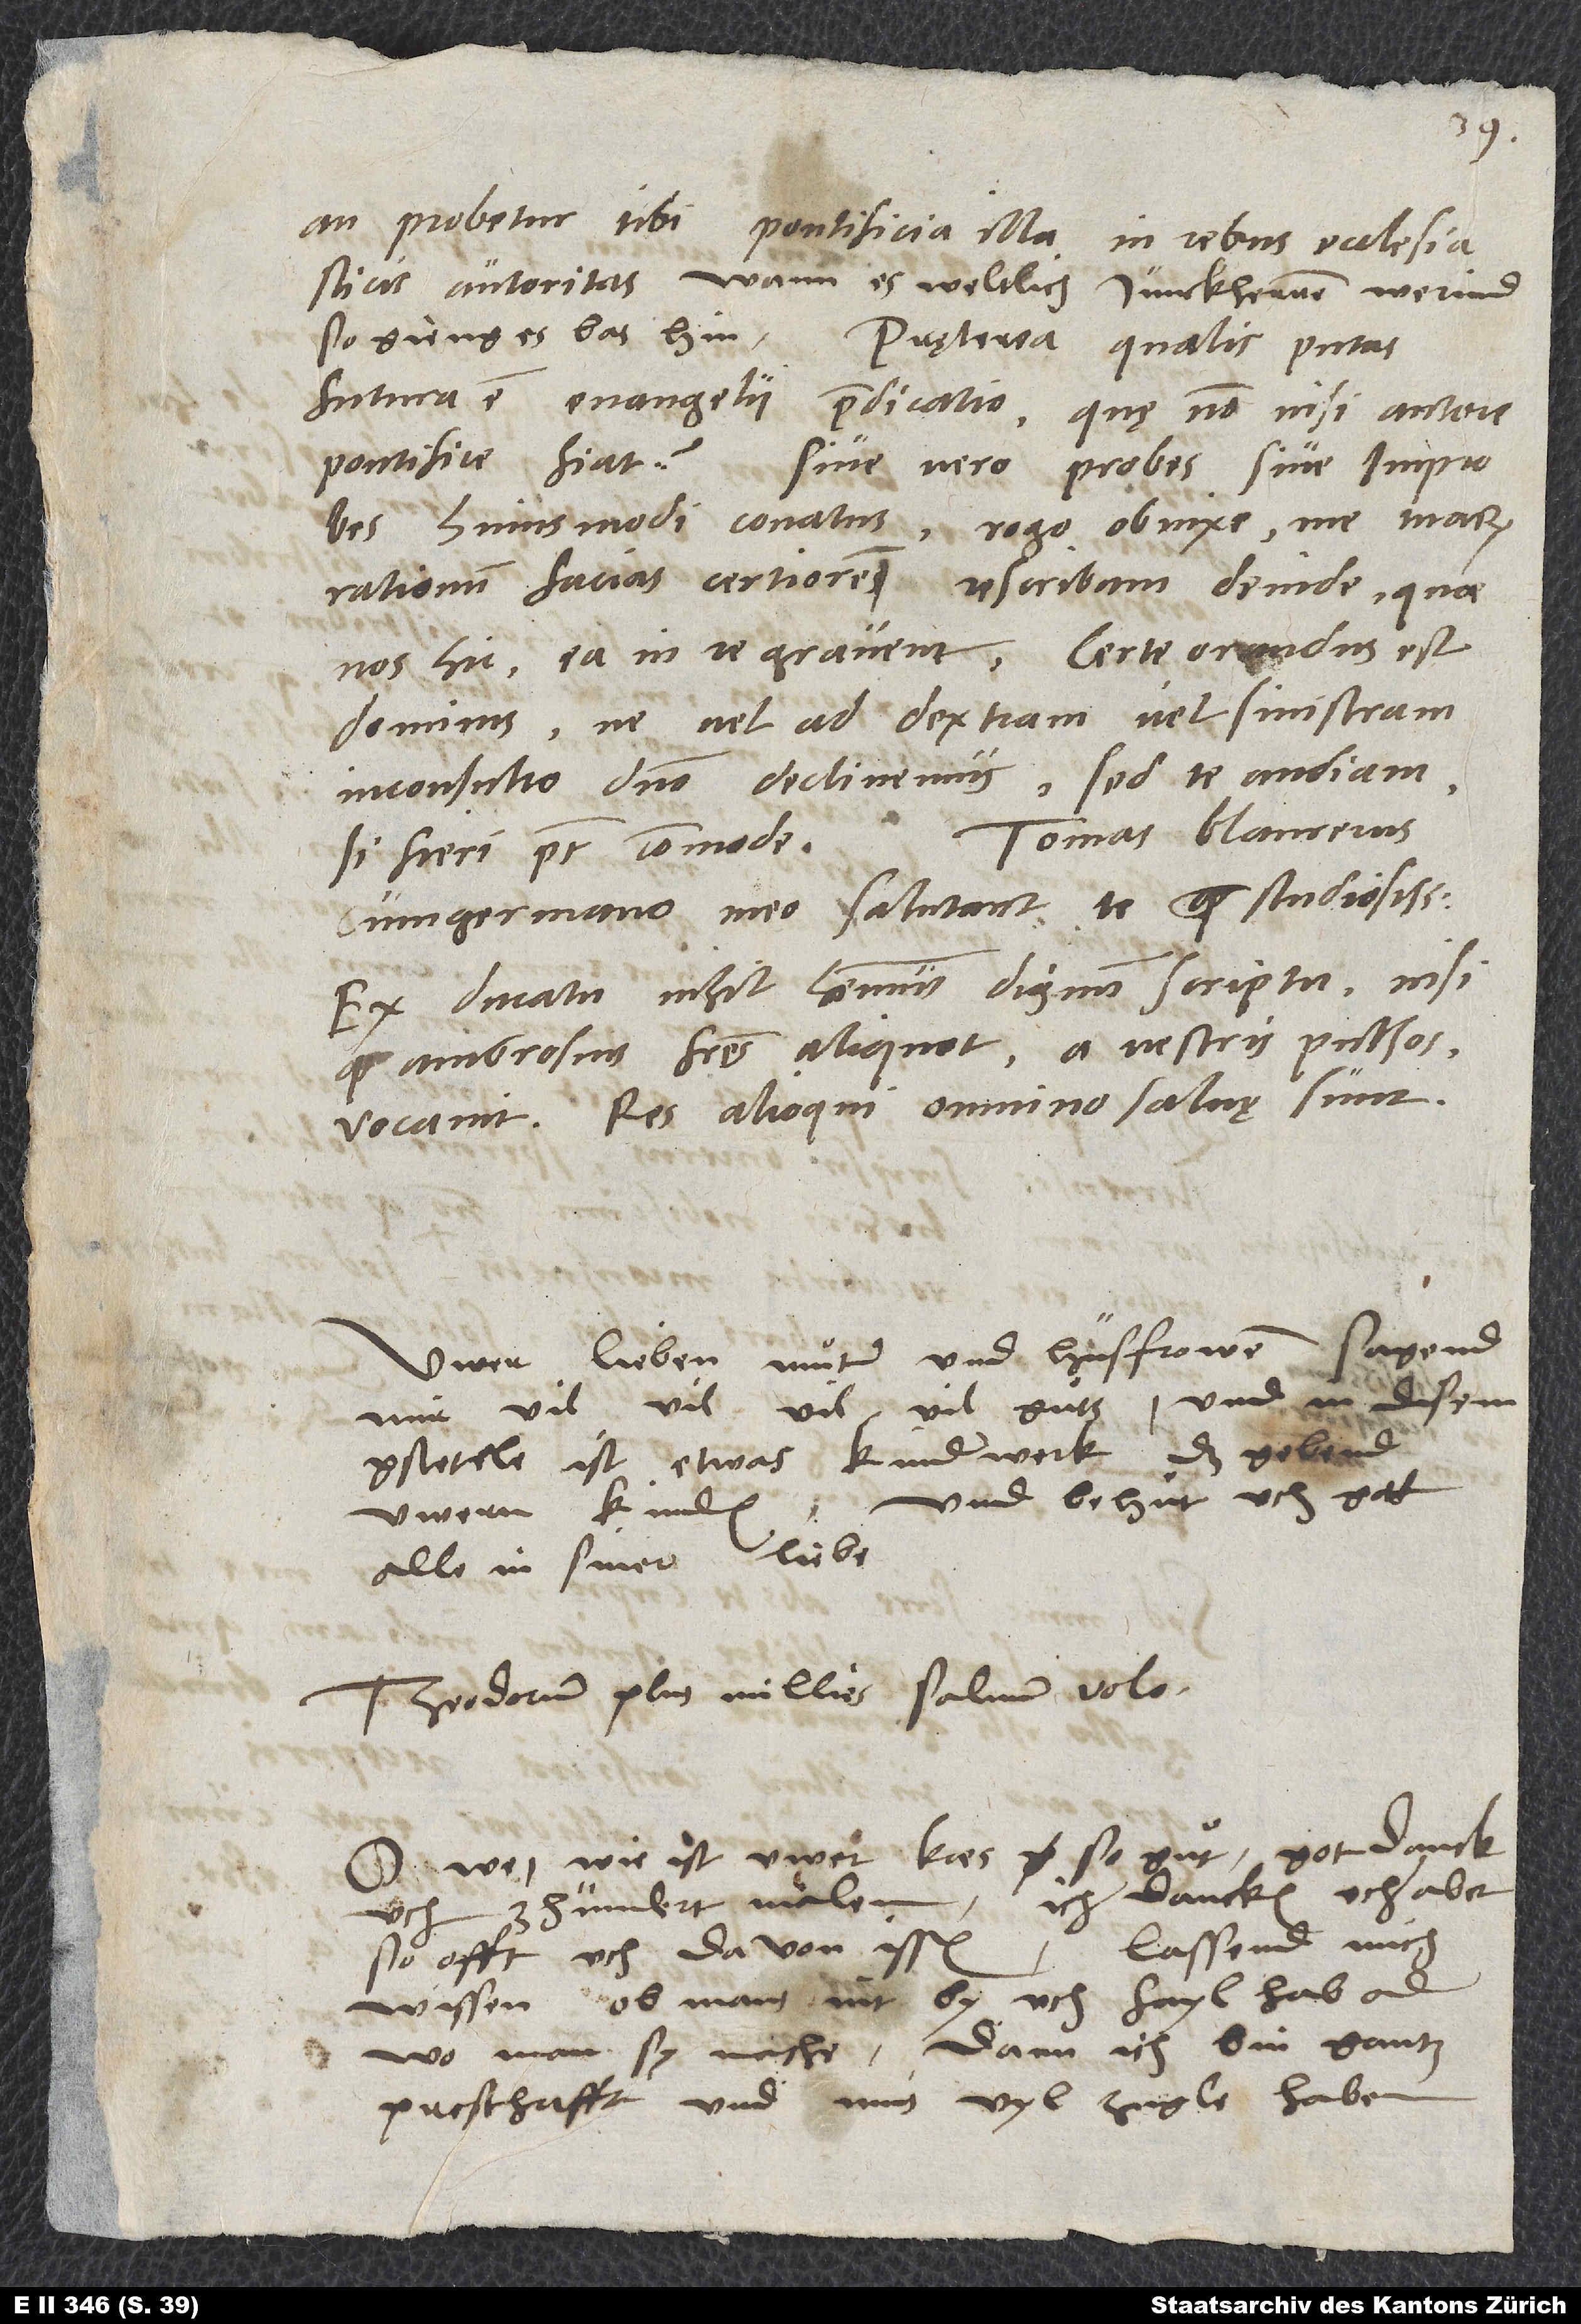
an probetur tibi pontificia illa in rebus ecclesiasticis
autoritas. Wann es weltlich junckherren werind,
so gieng es bas hin. Pręterea qualis, putas,
futura est evangelii praedicatio, quę non nisi autore
pontifice fiat? Sive vero probes sive improbes
huiusmodi conatus, rogo obnixe, me tuarum
rationum facias certiorem. Rescribam deinde, quae
nos hic ea in re gravent. Certe orandus est
dominus, ne vel ad dextram vel sinistram
inconsulto domino declinemus. Sed te audiam,
Tomas Blaurerus
si fieri potest commode.
cum germano meo salutant te quam studiosissime.
Ex ducatu nihil habemus dignum scriptu, nisi
quod Ambrosius fratres aliquot a vestris pulsos
vocavit. Res alioqui omnino salvę sunt.
Uwer lieben muͦter und husfrowen sagend
mir vil, vil, vil, vil guͦts, und in disem
gstetele ist etwas kinderwerk, das gebend
und behuͤt uch gott
uwern kinden,
alle in siner liebe.
Theodorum plus millies salvum volo.
O we, wie ist uwer kaes so guͦt! Got danck
uch zhundert malen. Ich dancken uch aber,
so offt ich davon issen. Lassend mich
wissen, ob man by uch fayl hab, oder
wo man sy mache, dann ich bin gantz
presthafft und mus vyl zugle haben.